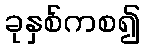
ခုနှစ်ကစ၍